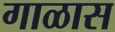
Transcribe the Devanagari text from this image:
गाळास